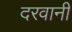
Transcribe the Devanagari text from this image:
दरवानी